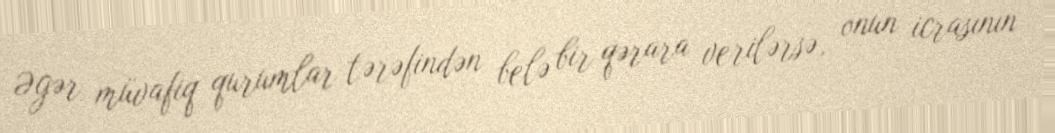
Əgər müvafiq qurumlar tərəfindən belə bir qərara verilərsə, onun icrasının